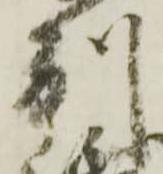
別